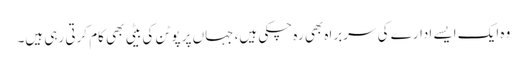
وہ ایک ایسے ادارے کی سربراہ بھی رہ چکی ہیں، جہاں پر پوٹن کی بیٹی بھی کام کرتی رہی ہیں۔